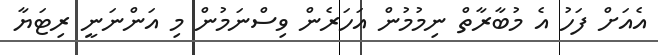
އެއަށް ފަހު އެ މުބާރާތް ނިމުމުން އަހަރެން ވިސްނަމުން މި އަންނަނީ ރިޓަޔާ